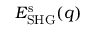
E _ { \mathrm { S H G } } ^ { \mathrm { s } } ( \v q )